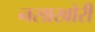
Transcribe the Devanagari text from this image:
नसाखोरी